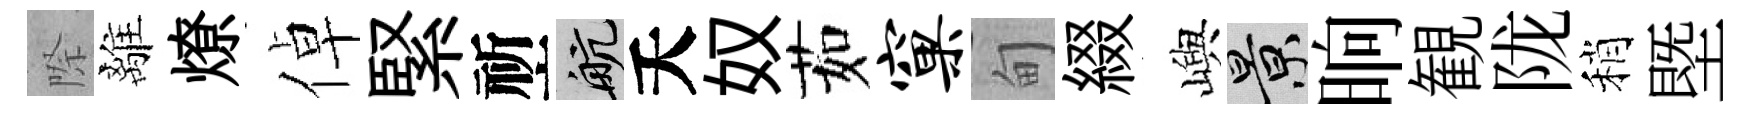
際離燎倬緊祈航夭奴茹窠甸綴嶼景晌観陇稍塈